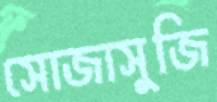
সোজাসুজি